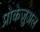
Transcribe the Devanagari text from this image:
प्रोकेज़ुअल